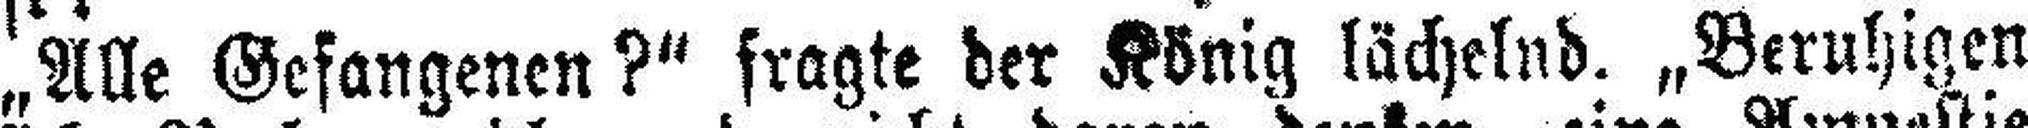
„Alle Gefangenen?“ fragte der König lächelnd. „Beruhigen